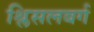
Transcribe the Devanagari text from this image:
श्लिसलबर्ग